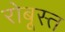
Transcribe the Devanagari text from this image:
रोबूस्त